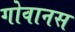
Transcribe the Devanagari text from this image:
गोवानस